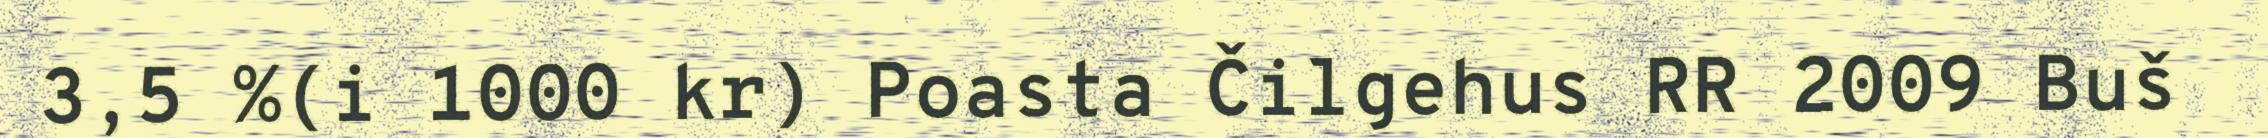
3,5 %(i 1000 kr) Poasta Čilgehus RR 2009 Buš